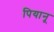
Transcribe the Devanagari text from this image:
पियानू